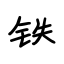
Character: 铁